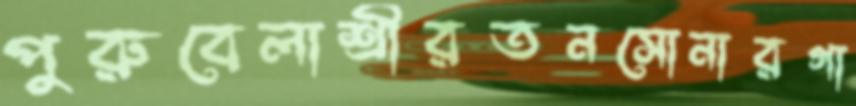
পুরুবেলাশ্রীরতনসোনারগা